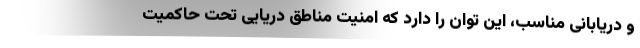
و دریابانی مناسب، این توان را دارد که امنیت مناطق دریایی تحت حاکمیت